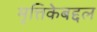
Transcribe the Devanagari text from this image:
मृत्तिकेबद्दल